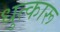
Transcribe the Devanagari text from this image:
धुत्कारू